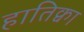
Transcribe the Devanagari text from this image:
हातिक्वा